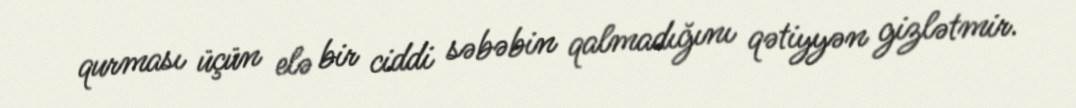
qurması üçün elə bir ciddi səbəbin qalmadığını qətiyyən gizlətmir.